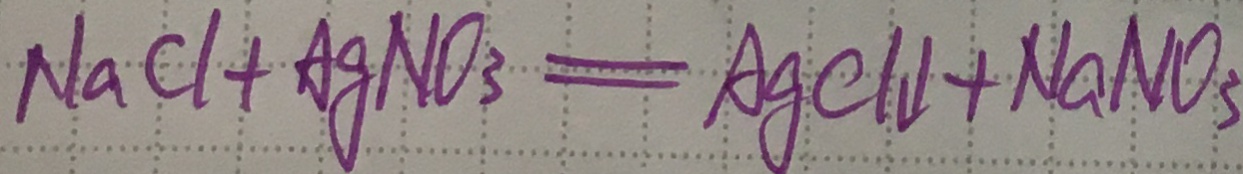
N a C l + A g N O _ { 3 } = A g C l \downarrow + N a N O _ { 3 }